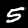
Label: 5